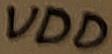
Text: VDD